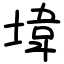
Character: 㙔